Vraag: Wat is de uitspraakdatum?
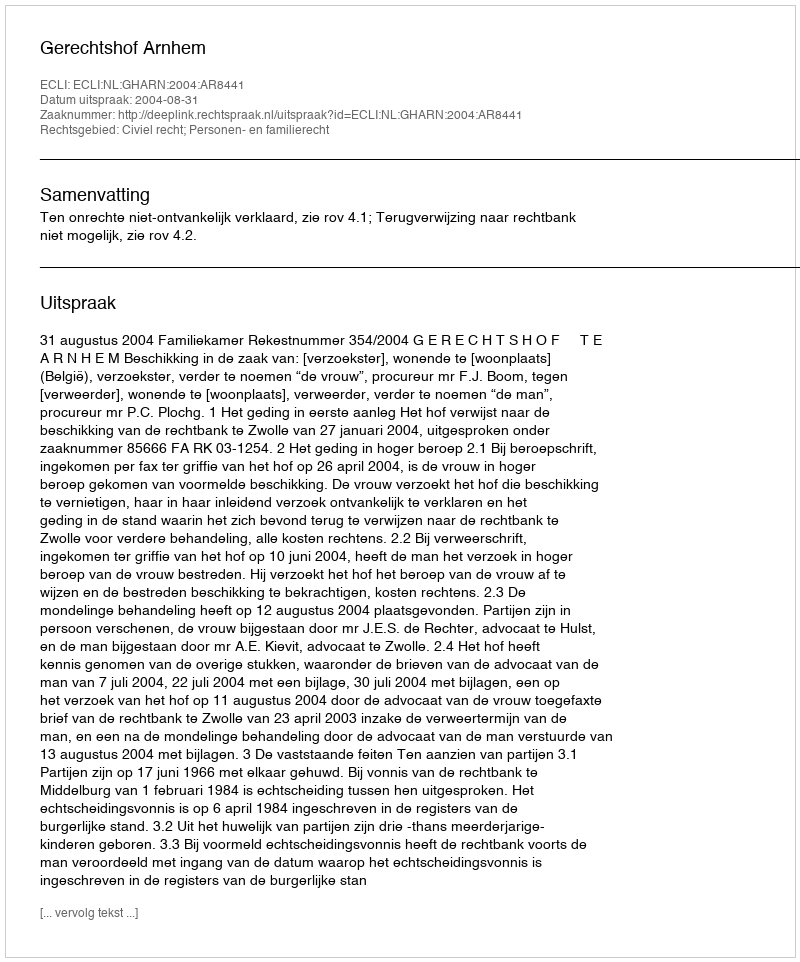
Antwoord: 2004-08-31